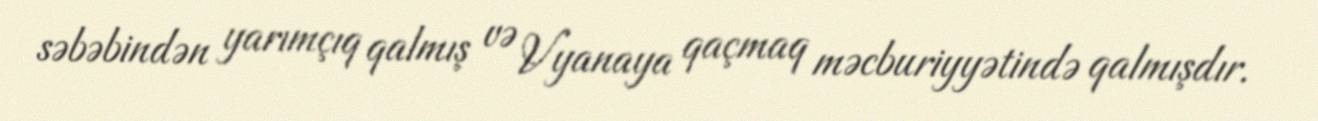
səbəbindən yarımçıq qalmış və Vyanaya qaçmaq məcburiyyətində qalmışdır.